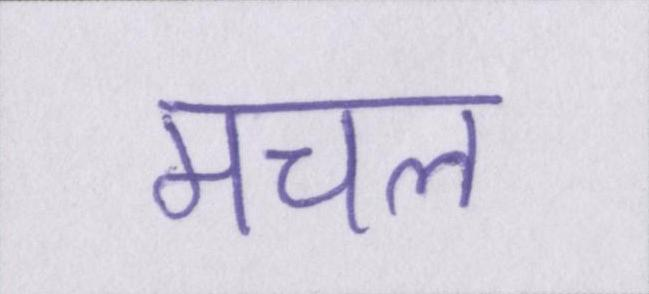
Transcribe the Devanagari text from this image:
मचल